Newspaper: Waterbury evening Democrat. [volume]
Place of publication: Waterbury, Conn.
Date: 1895-08-03 00:00:00
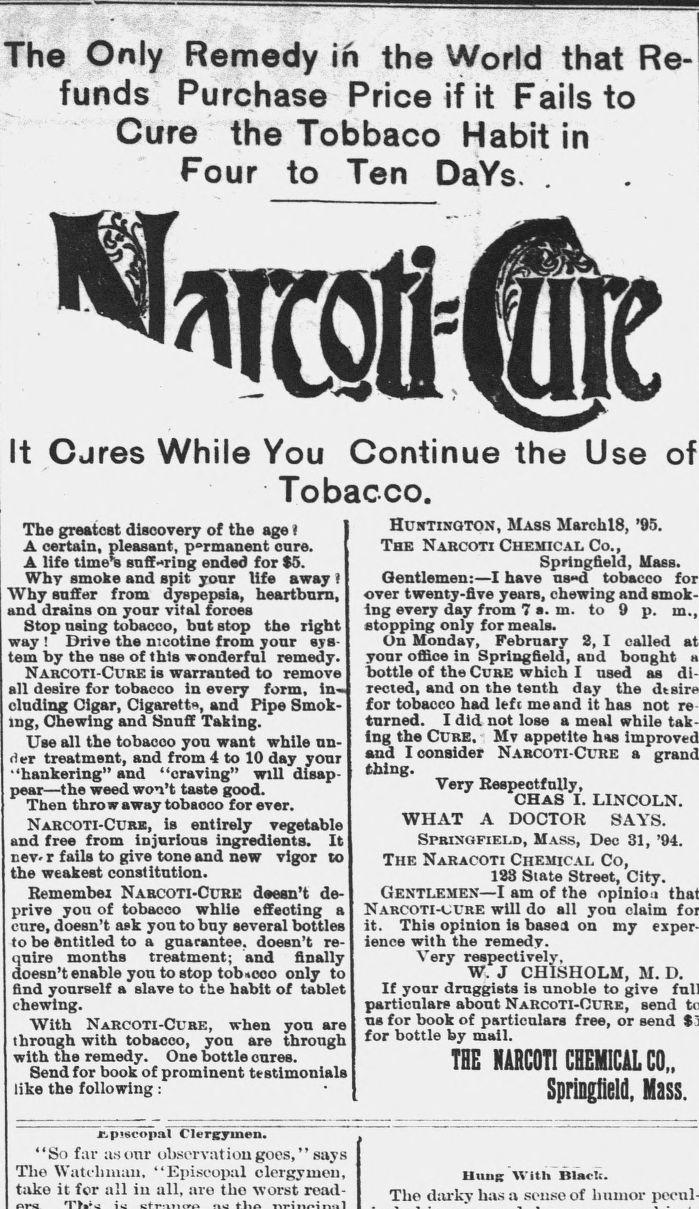
Advertisement text (OCR):
The Only Remedy in the World that Re funds; Purchase Price if it Fails to Cure the Tobbaco Habit in Four to Ten DaYs . It Cures While You Continue the Use Tobacco. The greatest discovery of the age I A certain, pleasant, permanent onre. A life time's snff-ring ended for $5. Why smoke and spit your life away t Why suffer from dyspepsia, heartburn, and drains on yonr vital forces Stop nsing tobacco, but stop the right way l Drive tne nicotine from your sys tem by the use of this wonderful remedy. NarCOTI-Cure is warranted to remove all desire for tobacco in every form, in-J chiding Cigar, Cigarettn, and Pipe Smok ing, Chewing and Snuff Taking. Use all the tobaooo you want while un der treatment, and from 4 to 10 day your "hankering" and "craving" will disap pear the weed won't taste good. men throw away toosooo tor ever. NarcOTI-Curb, is entirely vegetable and free from injurious ingredients. It newr fails to give tone and new vigor to the weakest constitution. Remembei Nabcoti-Ccre doesn't de prive you ot toDacoo while etteotins a cure, doesn't ask you to buy several bottles to be entitled to a guarantee, doesn't re quire months treatment; and finally doesn't enable you to stop tob.oco only to nnd yourseit a slave to tae naDlt of tablet chewing. With JNarcoti-uube, when you are through with tobaooo, you are through with the remedy. One bottle cures. Send for book of prominent testimonials like tne following : .r.p!scopal Clergymen. "So far us our observation goes, " says The Watchman. "Episcopal clergymen, take it for all iu all, aro tho worst read of Huhtinqton, Mass Marchl8, '95. The Nakcoti Chemical, Co., Springfield, Mass. Gentlemen: I have nad tobacco for over twenty-five years, chewing and smok ing every day from 7 a. m. to 9 p. in., stopping only for meals. On Monday, February 8, I called your office in Springfield, and bought 'bottle of the Cure which I used as di rected, ana on tne tenth day the for tobacco had left me and it has not re turned. I did not lose a meal while tak ing the CURE. - Mv appetite hs and I consider Narcoti-Cure a tmng. Very Respectfully, CHAS I. LINCOLN. WHAT A DOCTOR SAYS. Springfield, Mass, Deo 31, '94. The Naracoti Chemical Co, 133 State Street, City. Gentlemen I am of the opinio a NarCOTI-CUre will do all you claim it. This opinion is base a on my exper ience witn tne remeay. Very respectively, W. J CHISHOLM, M. D. If yonr druggists is nnoble to give particulars about Narcoti-Cure, send us for book of particulars free, or send for bottle by mall. THE HARC0T1 CHEMICAL CO,. Springfield, Mass. IIuiib With Black. The darky has a souse of humor pecul
Label: text-only